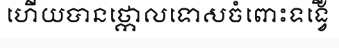
ហើយបានថ្កោលទោសចំពោះទង្វើ